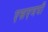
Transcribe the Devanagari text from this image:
एसएमपी